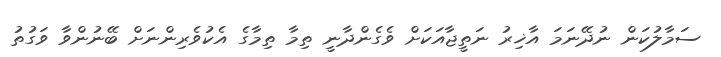
ސަމާލުކަން ނުދޭނަމަ އާޚިރު ނަތީޖާއަކަށް ވެގެންދާނީ ތިމާ ތިމާގެ އެކުވެރިންނަށް ބޭނުންވާ ވަގުތު